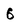
Character: 6